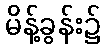
မိန့်ခွန်း၌